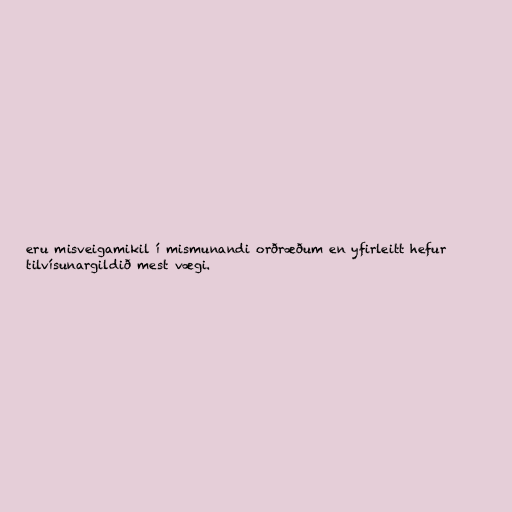
eru misveigamikil í mismunandi orðræðum en yfirleitt hefur
tilvísunargildið mest vægi.